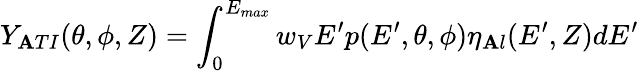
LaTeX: Y_{\mathbf{A}TI}(\theta,\phi,Z)=\int_{0}^{E_{max}}w_{V}E^{\prime}p(E^{\prime},\theta,\phi)\eta_{\mathbf{A}l}(E^{\prime},Z)dE^{\prime}